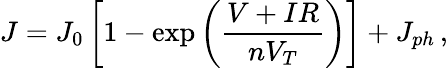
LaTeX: J=J_{0}\left[1-\exp\left(\frac{V+IR}{nV_{T}}\right)\right]+J_{ph}\, ,